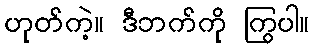
ဟုတ်ကဲ့။ ဒီဘက်ကို ကြွပါ။